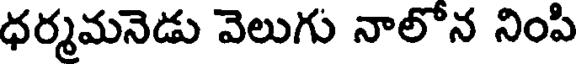
ధర్మమనెడు వెలుగు నాలోన నింపి